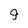
Character: 9